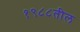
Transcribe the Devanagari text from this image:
१९८८तील